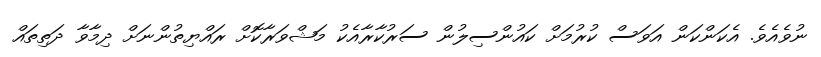
ނުވެއެވެ. އެކަންކަން އަވަސް ކުރުމަށް ކައުންސިލުން ސަރުކާރާއެކު މަޝްވަރާކޮށް ރައްޔިތުންނަށް ދިމާވާ ދަތިތައް